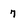
Character: 7